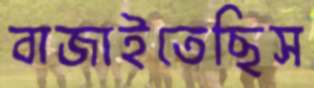
বাজাইতেছিস